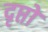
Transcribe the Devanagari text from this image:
दृप्तो